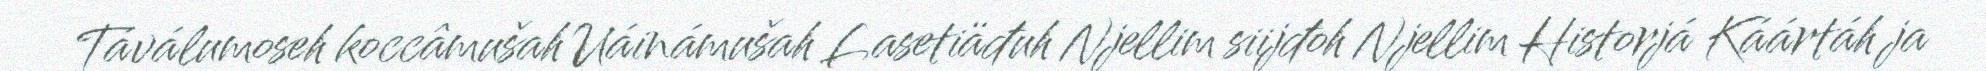
Táválumoseh koccâmušah Uáinámušah Lasetiäđuh Njellim siijđoh Njellim Historjá Káártáh ja